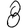
Digit: 8